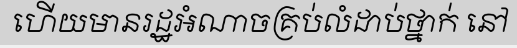
ហើយមានរដ្ឋអំណាចគ្រប់លំដាប់ថ្នាក់ នៅ